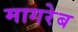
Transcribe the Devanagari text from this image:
मागरेब